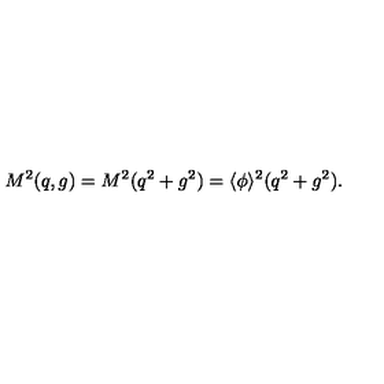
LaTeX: M ^ { 2 } ( q , g ) = M ^ { 2 } ( q ^ { 2 } + g ^ { 2 } ) = \langle \phi \rangle ^ { 2 } ( q ^ { 2 } + g ^ { 2 } ) .